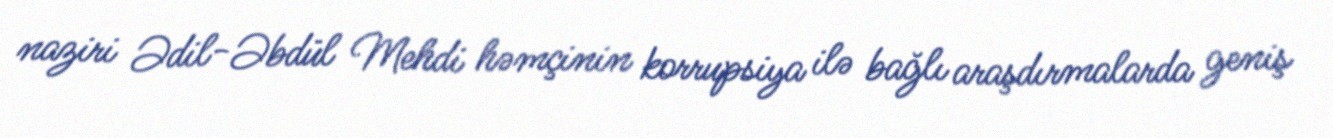
naziri Ədil-Əbdül Mehdi həmçinin korrupsiya ilə bağlı araşdırmalarda geniş